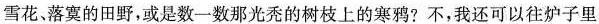
雪花。落寞的田野，或是数一数那光秃的树枝上的寒鸦?不，我还可以往炉子里